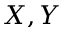
X , Y